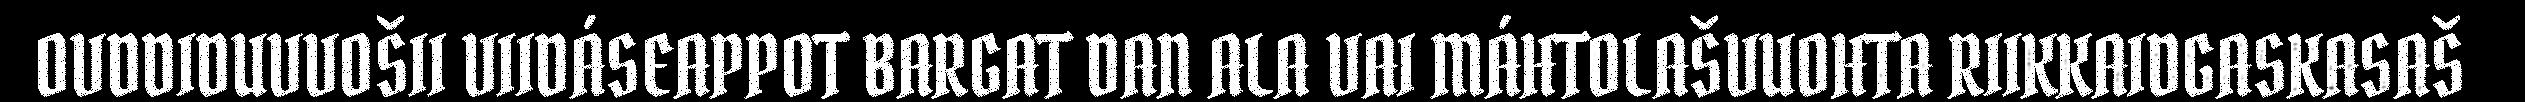
OVDDIDUVVOŠII VIIDÁSEAPPOT BARGAT DAN ALA VAI MÁHTOLAŠVUOHTA RIIKKAIDGASKASAŠ